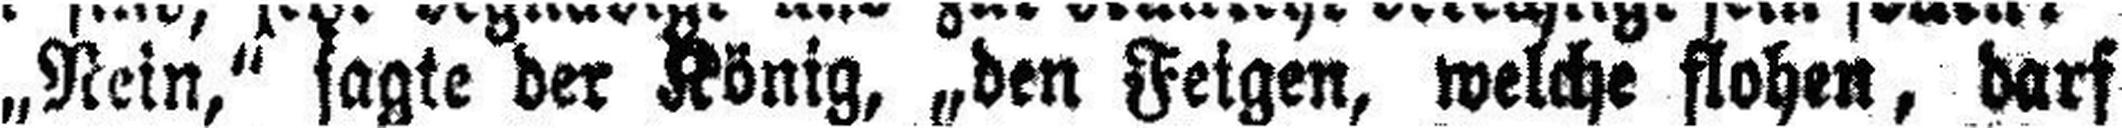
„Nein,“ sagte der König, „den Feigen, welche flohen, darf